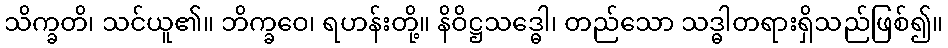
သိက္ခတိ၊ သင်ယူ၏။ ဘိက္ခဝေ၊ ရဟန်းတို့။ နိဝိဋ္ဌသဒ္ဓေါ၊ တည်သော သဒ္ဓါတရားရှိသည်ဖြစ်၍။